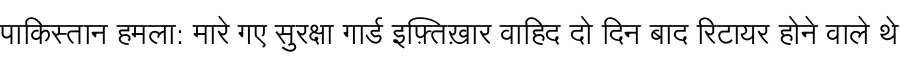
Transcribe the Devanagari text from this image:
पाकिस्तान हमला: मारे गए सुरक्षा गार्ड इफ़्तिख़ार वाहिद दो दिन बाद रिटायर होने वाले थे